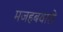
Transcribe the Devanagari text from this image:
मजहबवाले